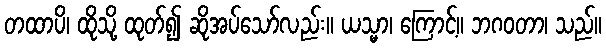
တထာပိ၊ ထိုသို့ ထုတ်၍ ဆိုအပ်သော်လည်း။ ယသ္မာ၊ ကြောင့်။ ဘဂဝတာ၊ သည်။